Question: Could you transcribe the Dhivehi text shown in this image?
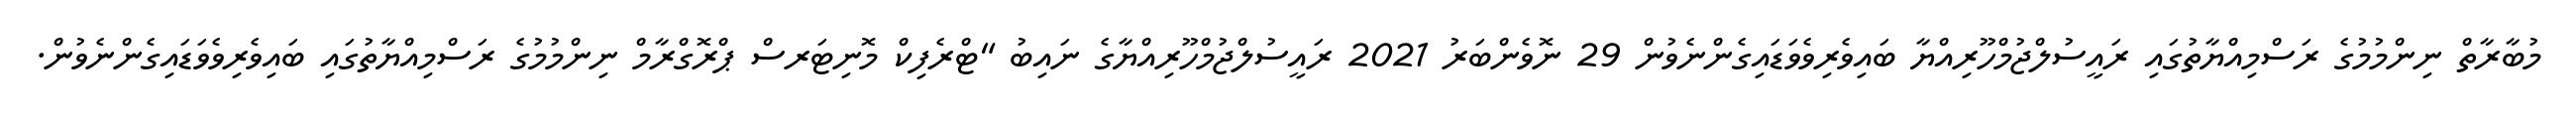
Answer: މުބާރާތް ނިންމުމުގެ ރަސްމިއްޔާތުގައި ރައީސުލްޖުމްހޫރިއްޔާ ބައިވެރިވެވަޑައިގެންނެވުން 29 ނޮވެންބަރު 2021 ރައީސުލްޖުމްހޫރިއްޔާގެ ނައިބު "ޓްރެފިކް މޮނިޓަރސް ޕްރޮގްރާމް ނިންމުމުގެ ރަސްމިއްޔާތުގައި ބައިވެރިވެވަޑައިގެންނެވުން.